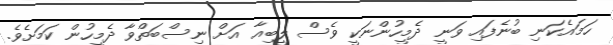
ހަމައެކަނި ބުނެފައި ވަނީ ދެމީހުންނަކީ ވެސް ލީބިއާ އަށް ނިސްބަތްވާ ދެމީހުން ކަަމަށެވެ.